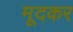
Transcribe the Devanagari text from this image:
मूदकर